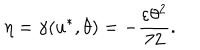
LaTeX: \eta = \gamma ( u ^ { * } , \theta ) = - \frac { \varepsilon \theta ^ { 2 } } { 7 2 } .